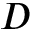
D